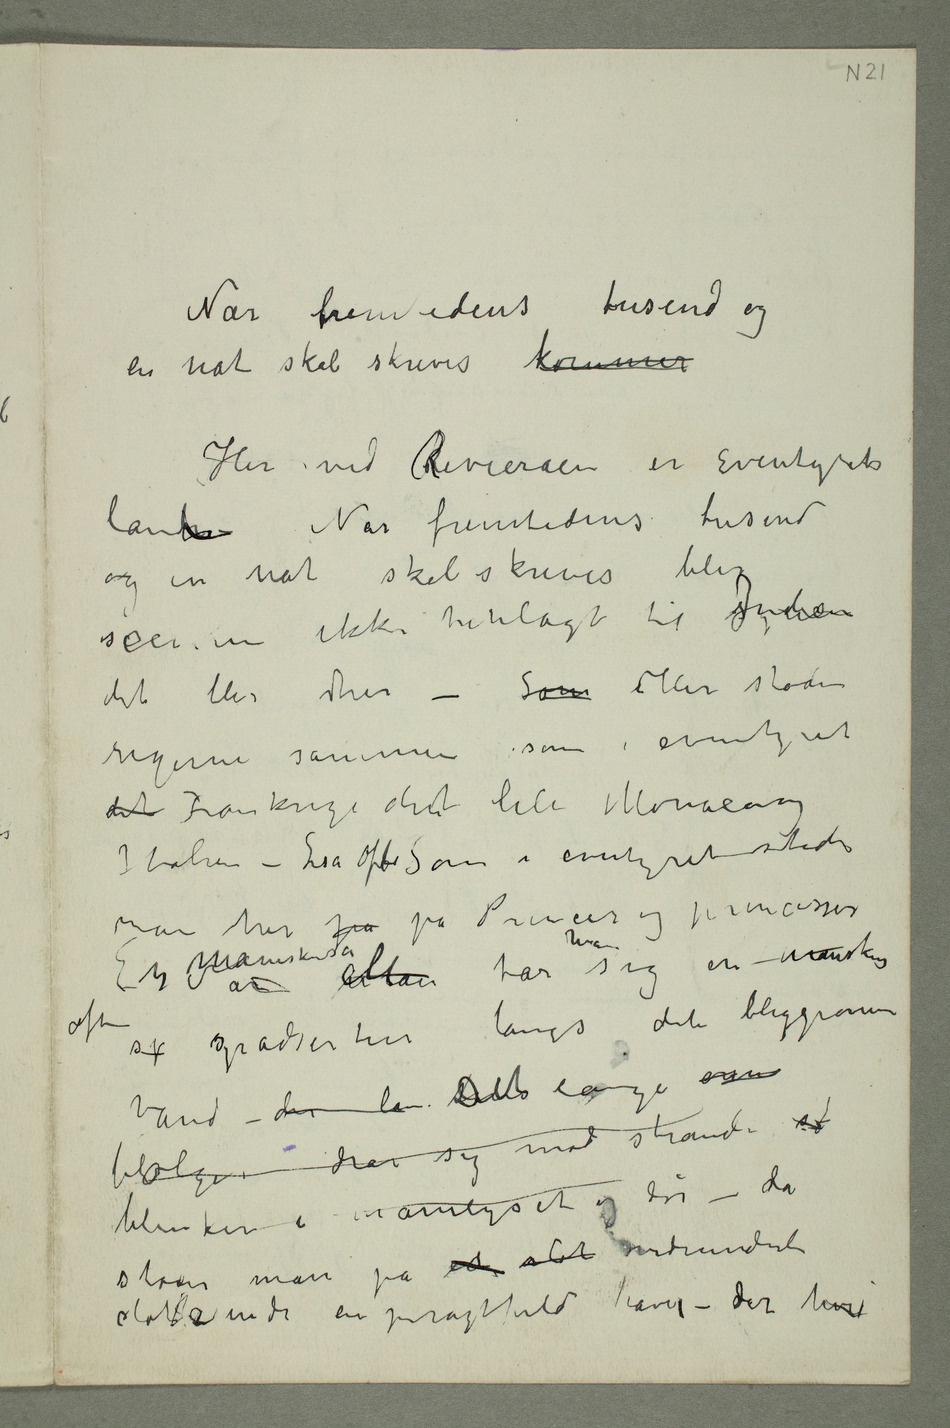
Når fremtidens tusend og
en nat skal skrives kommer
Her ved rRivieraen er Eventyrets
og en nat skal skrives blir
scenen ikke henlagt til Indien
det blir her – Som Her støder
rigerne sammen som i eventyret
det Frankrige dent lile Monaco og
Italien – Liså ofte Som i eventyret støder
man her på på Princer og princesser
sp spadsertur langs det bleggrønne
vand – der la Det lange blølger
drar sig
mod stranden st
blinker i månelyset og dør – da
støder man på et slot vidunderlie